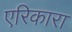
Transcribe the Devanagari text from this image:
एरिकारा